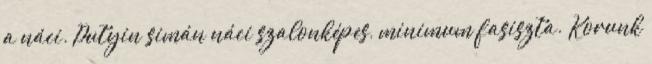
a náci. Putyin simán náci szalonképes, minimum fasiszta. Korunk